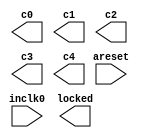
// megafunction wizard: %ALTPLL%VBB%
// GENERATION: STANDARD
// VERSION: WM1.0
// MODULE: altpll 

// ============================================================
// Megafunction Name(s):
// 			altpll
//
// Simulation Library Files(s):
// 			altera_mf
// ============================================================
// ************************************************************
// THIS IS A WIZARD-GENERATED FILE. DO NOT EDIT THIS FILE!
//
// 13.0.0 Build 156 04/24/2013 SJ Full Version
// ************************************************************

//Copyright (C) 1991-2013 Altera Corporation
//Your use of Altera Corporation's design tools, logic functions 
//and other software and tools, and its AMPP partner logic 
//functions, and any output files from any of the foregoing 
//(including device programming or simulation files), and any 
//associated documentation or information are expressly subject 
//to the terms and conditions of the Altera Program License 
//Subscription Agreement, Altera MegaCore Function License 
//Agreement, or other applicable license agreement, including, 
//without limitation, that your use is for the sole purpose of 
//programming logic devices manufactured by Altera and sold by 
//Altera or its authorized distributors.  Please refer to the 
//applicable agreement for further details.

module clk_gen (
	areset,
	inclk0,
	c0,
	c1,
	c2,
	c3,
	c4,
	locked);

	input	  areset;
	input	  inclk0;
	output	  c0;
	output	  c1;
	output	  c2;
	output	  c3;
	output	  c4;
	output	  locked;
`ifndef ALTERA_RESERVED_QIS
// synopsys translate_off
`endif
	tri0	  areset;
`ifndef ALTERA_RESERVED_QIS
// synopsys translate_on
`endif

endmodule

// ============================================================
// CNX file retrieval info
// ============================================================
// Retrieval info: PRIVATE: ACTIVECLK_CHECK STRING "0"
// Retrieval info: PRIVATE: BANDWIDTH STRING "1.000"
// Retrieval info: PRIVATE: BANDWIDTH_FEATURE_ENABLED STRING "1"
// Retrieval info: PRIVATE: BANDWIDTH_FREQ_UNIT STRING "MHz"
// Retrieval info: PRIVATE: BANDWIDTH_PRESET STRING "Low"
// Retrieval info: PRIVATE: BANDWIDTH_USE_AUTO STRING "1"
// Retrieval info: PRIVATE: BANDWIDTH_USE_PRESET STRING "0"
// Retrieval info: PRIVATE: CLKBAD_SWITCHOVER_CHECK STRING "0"
// Retrieval info: PRIVATE: CLKLOSS_CHECK STRING "0"
// Retrieval info: PRIVATE: CLKSWITCH_CHECK STRING "0"
// Retrieval info: PRIVATE: CNX_NO_COMPENSATE_RADIO STRING "0"
// Retrieval info: PRIVATE: CREATE_CLKBAD_CHECK STRING "0"
// Retrieval info: PRIVATE: CREATE_INCLK1_CHECK STRING "0"
// Retrieval info: PRIVATE: CUR_DEDICATED_CLK STRING "c0"
// Retrieval info: PRIVATE: CUR_FBIN_CLK STRING "c0"
// Retrieval info: PRIVATE: DEVICE_SPEED_GRADE STRING "8"
// Retrieval info: PRIVATE: DIV_FACTOR0 NUMERIC "1"
// Retrieval info: PRIVATE: DIV_FACTOR1 NUMERIC "1"
// Retrieval info: PRIVATE: DIV_FACTOR2 NUMERIC "1"
// Retrieval info: PRIVATE: DIV_FACTOR3 NUMERIC "1"
// Retrieval info: PRIVATE: DIV_FACTOR4 NUMERIC "1"
// Retrieval info: PRIVATE: DUTY_CYCLE0 STRING "50.00000000"
// Retrieval info: PRIVATE: DUTY_CYCLE1 STRING "50.00000000"
// Retrieval info: PRIVATE: DUTY_CYCLE2 STRING "50.00000000"
// Retrieval info: PRIVATE: DUTY_CYCLE3 STRING "50.00000000"
// Retrieval info: PRIVATE: DUTY_CYCLE4 STRING "50.00000000"
// Retrieval info: PRIVATE: EFF_OUTPUT_FREQ_VALUE0 STRING "100.000000"
// Retrieval info: PRIVATE: EFF_OUTPUT_FREQ_VALUE1 STRING "100.000000"
// Retrieval info: PRIVATE: EFF_OUTPUT_FREQ_VALUE2 STRING "50.000000"
// Retrieval info: PRIVATE: EFF_OUTPUT_FREQ_VALUE3 STRING "50.000000"
// Retrieval info: PRIVATE: EFF_OUTPUT_FREQ_VALUE4 STRING "25.000000"
// Retrieval info: PRIVATE: EXPLICIT_SWITCHOVER_COUNTER STRING "0"
// Retrieval info: PRIVATE: EXT_FEEDBACK_RADIO STRING "0"
// Retrieval info: PRIVATE: GLOCKED_COUNTER_EDIT_CHANGED STRING "1"
// Retrieval info: PRIVATE: GLOCKED_FEATURE_ENABLED STRING "0"
// Retrieval info: PRIVATE: GLOCKED_MODE_CHECK STRING "0"
// Retrieval info: PRIVATE: GLOCK_COUNTER_EDIT NUMERIC "1048575"
// Retrieval info: PRIVATE: HAS_MANUAL_SWITCHOVER STRING "1"
// Retrieval info: PRIVATE: INCLK0_FREQ_EDIT STRING "50.000"
// Retrieval info: PRIVATE: INCLK0_FREQ_UNIT_COMBO STRING "MHz"
// Retrieval info: PRIVATE: INCLK1_FREQ_EDIT STRING "100.000"
// Retrieval info: PRIVATE: INCLK1_FREQ_EDIT_CHANGED STRING "1"
// Retrieval info: PRIVATE: INCLK1_FREQ_UNIT_CHANGED STRING "1"
// Retrieval info: PRIVATE: INCLK1_FREQ_UNIT_COMBO STRING "MHz"
// Retrieval info: PRIVATE: INTENDED_DEVICE_FAMILY STRING "Cyclone IV E"
// Retrieval info: PRIVATE: INT_FEEDBACK__MODE_RADIO STRING "1"
// Retrieval info: PRIVATE: LOCKED_OUTPUT_CHECK STRING "1"
// Retrieval info: PRIVATE: LONG_SCAN_RADIO STRING "1"
// Retrieval info: PRIVATE: LVDS_MODE_DATA_RATE STRING "Not Available"
// Retrieval info: PRIVATE: LVDS_MODE_DATA_RATE_DIRTY NUMERIC "0"
// Retrieval info: PRIVATE: LVDS_PHASE_SHIFT_UNIT0 STRING "deg"
// Retrieval info: PRIVATE: LVDS_PHASE_SHIFT_UNIT1 STRING "deg"
// Retrieval info: PRIVATE: LVDS_PHASE_SHIFT_UNIT2 STRING "deg"
// Retrieval info: PRIVATE: LVDS_PHASE_SHIFT_UNIT3 STRING "deg"
// Retrieval info: PRIVATE: LVDS_PHASE_SHIFT_UNIT4 STRING "deg"
// Retrieval info: PRIVATE: MIG_DEVICE_SPEED_GRADE STRING "Any"
// Retrieval info: PRIVATE: MIRROR_CLK0 STRING "0"
// Retrieval info: PRIVATE: MIRROR_CLK1 STRING "0"
// Retrieval info: PRIVATE: MIRROR_CLK2 STRING "0"
// Retrieval info: PRIVATE: MIRROR_CLK3 STRING "0"
// Retrieval info: PRIVATE: MIRROR_CLK4 STRING "0"
// Retrieval info: PRIVATE: MULT_FACTOR0 NUMERIC "1"
// Retrieval info: PRIVATE: MULT_FACTOR1 NUMERIC "1"
// Retrieval info: PRIVATE: MULT_FACTOR2 NUMERIC "1"
// Retrieval info: PRIVATE: MULT_FACTOR3 NUMERIC "1"
// Retrieval info: PRIVATE: MULT_FACTOR4 NUMERIC "1"
// Retrieval info: PRIVATE: NORMAL_MODE_RADIO STRING "1"
// Retrieval info: PRIVATE: OUTPUT_FREQ0 STRING "100.00000000"
// Retrieval info: PRIVATE: OUTPUT_FREQ1 STRING "100.00000000"
// Retrieval info: PRIVATE: OUTPUT_FREQ2 STRING "100.00000000"
// Retrieval info: PRIVATE: OUTPUT_FREQ3 STRING "100.00000000"
// Retrieval info: PRIVATE: OUTPUT_FREQ4 STRING "25.00000000"
// Retrieval info: PRIVATE: OUTPUT_FREQ_MODE0 STRING "1"
// Retrieval info: PRIVATE: OUTPUT_FREQ_MODE1 STRING "1"
// Retrieval info: PRIVATE: OUTPUT_FREQ_MODE2 STRING "0"
// Retrieval info: PRIVATE: OUTPUT_FREQ_MODE3 STRING "0"
// Retrieval info: PRIVATE: OUTPUT_FREQ_MODE4 STRING "1"
// Retrieval info: PRIVATE: OUTPUT_FREQ_UNIT0 STRING "MHz"
// Retrieval info: PRIVATE: OUTPUT_FREQ_UNIT1 STRING "MHz"
// Retrieval info: PRIVATE: OUTPUT_FREQ_UNIT2 STRING "MHz"
// Retrieval info: PRIVATE: OUTPUT_FREQ_UNIT3 STRING "MHz"
// Retrieval info: PRIVATE: OUTPUT_FREQ_UNIT4 STRING "MHz"
// Retrieval info: PRIVATE: PHASE_RECONFIG_FEATURE_ENABLED STRING "1"
// Retrieval info: PRIVATE: PHASE_RECONFIG_INPUTS_CHECK STRING "0"
// Retrieval info: PRIVATE: PHASE_SHIFT0 STRING "0.00000000"
// Retrieval info: PRIVATE: PHASE_SHIFT1 STRING "-30.00000000"
// Retrieval info: PRIVATE: PHASE_SHIFT2 STRING "0.00000000"
// Retrieval info: PRIVATE: PHASE_SHIFT3 STRING "180.00000000"
// Retrieval info: PRIVATE: PHASE_SHIFT4 STRING "0.00000000"
// Retrieval info: PRIVATE: PHASE_SHIFT_STEP_ENABLED_CHECK STRING "0"
// Retrieval info: PRIVATE: PHASE_SHIFT_UNIT0 STRING "deg"
// Retrieval info: PRIVATE: PHASE_SHIFT_UNIT1 STRING "deg"
// Retrieval info: PRIVATE: PHASE_SHIFT_UNIT2 STRING "deg"
// Retrieval info: PRIVATE: PHASE_SHIFT_UNIT3 STRING "deg"
// Retrieval info: PRIVATE: PHASE_SHIFT_UNIT4 STRING "deg"
// Retrieval info: PRIVATE: PLL_ADVANCED_PARAM_CHECK STRING "0"
// Retrieval info: PRIVATE: PLL_ARESET_CHECK STRING "1"
// Retrieval info: PRIVATE: PLL_AUTOPLL_CHECK NUMERIC "1"
// Retrieval info: PRIVATE: PLL_ENHPLL_CHECK NUMERIC "0"
// Retrieval info: PRIVATE: PLL_FASTPLL_CHECK NUMERIC "0"
// Retrieval info: PRIVATE: PLL_FBMIMIC_CHECK STRING "0"
// Retrieval info: PRIVATE: PLL_LVDS_PLL_CHECK NUMERIC "0"
// Retrieval info: PRIVATE: PLL_PFDENA_CHECK STRING "0"
// Retrieval info: PRIVATE: PLL_TARGET_HARCOPY_CHECK NUMERIC "0"
// Retrieval info: PRIVATE: PRIMARY_CLK_COMBO STRING "inclk0"
// Retrieval info: PRIVATE: RECONFIG_FILE STRING "clk_gen.mif"
// Retrieval info: PRIVATE: SACN_INPUTS_CHECK STRING "0"
// Retrieval info: PRIVATE: SCAN_FEATURE_ENABLED STRING "1"
// Retrieval info: PRIVATE: SELF_RESET_LOCK_LOSS STRING "0"
// Retrieval info: PRIVATE: SHORT_SCAN_RADIO STRING "0"
// Retrieval info: PRIVATE: SPREAD_FEATURE_ENABLED STRING "0"
// Retrieval info: PRIVATE: SPREAD_FREQ STRING "50.000"
// Retrieval info: PRIVATE: SPREAD_FREQ_UNIT STRING "KHz"
// Retrieval info: PRIVATE: SPREAD_PERCENT STRING "0.500"
// Retrieval info: PRIVATE: SPREAD_USE STRING "0"
// Retrieval info: PRIVATE: SRC_SYNCH_COMP_RADIO STRING "0"
// Retrieval info: PRIVATE: STICKY_CLK0 STRING "1"
// Retrieval info: PRIVATE: STICKY_CLK1 STRING "1"
// Retrieval info: PRIVATE: STICKY_CLK2 STRING "1"
// Retrieval info: PRIVATE: STICKY_CLK3 STRING "1"
// Retrieval info: PRIVATE: STICKY_CLK4 STRING "1"
// Retrieval info: PRIVATE: SWITCHOVER_COUNT_EDIT NUMERIC "1"
// Retrieval info: PRIVATE: SWITCHOVER_FEATURE_ENABLED STRING "1"
// Retrieval info: PRIVATE: SYNTH_WRAPPER_GEN_POSTFIX STRING "0"
// Retrieval info: PRIVATE: USE_CLK0 STRING "1"
// Retrieval info: PRIVATE: USE_CLK1 STRING "1"
// Retrieval info: PRIVATE: USE_CLK2 STRING "1"
// Retrieval info: PRIVATE: USE_CLK3 STRING "1"
// Retrieval info: PRIVATE: USE_CLK4 STRING "1"
// Retrieval info: PRIVATE: USE_CLKENA0 STRING "0"
// Retrieval info: PRIVATE: USE_CLKENA1 STRING "0"
// Retrieval info: PRIVATE: USE_CLKENA2 STRING "0"
// Retrieval info: PRIVATE: USE_CLKENA3 STRING "0"
// Retrieval info: PRIVATE: USE_CLKENA4 STRING "0"
// Retrieval info: PRIVATE: USE_MIL_SPEED_GRADE NUMERIC "0"
// Retrieval info: PRIVATE: ZERO_DELAY_RADIO STRING "0"
// Retrieval info: LIBRARY: altera_mf altera_mf.altera_mf_components.all
// Retrieval info: CONSTANT: BANDWIDTH_TYPE STRING "AUTO"
// Retrieval info: CONSTANT: CLK0_DIVIDE_BY NUMERIC "1"
// Retrieval info: CONSTANT: CLK0_DUTY_CYCLE NUMERIC "50"
// Retrieval info: CONSTANT: CLK0_MULTIPLY_BY NUMERIC "2"
// Retrieval info: CONSTANT: CLK0_PHASE_SHIFT STRING "0"
// Retrieval info: CONSTANT: CLK1_DIVIDE_BY NUMERIC "1"
// Retrieval info: CONSTANT: CLK1_DUTY_CYCLE NUMERIC "50"
// Retrieval info: CONSTANT: CLK1_MULTIPLY_BY NUMERIC "2"
// Retrieval info: CONSTANT: CLK1_PHASE_SHIFT STRING "-833"
// Retrieval info: CONSTANT: CLK2_DIVIDE_BY NUMERIC "1"
// Retrieval info: CONSTANT: CLK2_DUTY_CYCLE NUMERIC "50"
// Retrieval info: CONSTANT: CLK2_MULTIPLY_BY NUMERIC "1"
// Retrieval info: CONSTANT: CLK2_PHASE_SHIFT STRING "0"
// Retrieval info: CONSTANT: CLK3_DIVIDE_BY NUMERIC "1"
// Retrieval info: CONSTANT: CLK3_DUTY_CYCLE NUMERIC "50"
// Retrieval info: CONSTANT: CLK3_MULTIPLY_BY NUMERIC "1"
// Retrieval info: CONSTANT: CLK3_PHASE_SHIFT STRING "10000"
// Retrieval info: CONSTANT: CLK4_DIVIDE_BY NUMERIC "2"
// Retrieval info: CONSTANT: CLK4_DUTY_CYCLE NUMERIC "50"
// Retrieval info: CONSTANT: CLK4_MULTIPLY_BY NUMERIC "1"
// Retrieval info: CONSTANT: CLK4_PHASE_SHIFT STRING "0"
// Retrieval info: CONSTANT: COMPENSATE_CLOCK STRING "CLK0"
// Retrieval info: CONSTANT: INCLK0_INPUT_FREQUENCY NUMERIC "20000"
// Retrieval info: CONSTANT: INTENDED_DEVICE_FAMILY STRING "Cyclone IV E"
// Retrieval info: CONSTANT: LPM_TYPE STRING "altpll"
// Retrieval info: CONSTANT: OPERATION_MODE STRING "NORMAL"
// Retrieval info: CONSTANT: PLL_TYPE STRING "AUTO"
// Retrieval info: CONSTANT: PORT_ACTIVECLOCK STRING "PORT_UNUSED"
// Retrieval info: CONSTANT: PORT_ARESET STRING "PORT_USED"
// Retrieval info: CONSTANT: PORT_CLKBAD0 STRING "PORT_UNUSED"
// Retrieval info: CONSTANT: PORT_CLKBAD1 STRING "PORT_UNUSED"
// Retrieval info: CONSTANT: PORT_CLKLOSS STRING "PORT_UNUSED"
// Retrieval info: CONSTANT: PORT_CLKSWITCH STRING "PORT_UNUSED"
// Retrieval info: CONSTANT: PORT_CONFIGUPDATE STRING "PORT_UNUSED"
// Retrieval info: CONSTANT: PORT_FBIN STRING "PORT_UNUSED"
// Retrieval info: CONSTANT: PORT_INCLK0 STRING "PORT_USED"
// Retrieval info: CONSTANT: PORT_INCLK1 STRING "PORT_UNUSED"
// Retrieval info: CONSTANT: PORT_LOCKED STRING "PORT_USED"
// Retrieval info: CONSTANT: PORT_PFDENA STRING "PORT_UNUSED"
// Retrieval info: CONSTANT: PORT_PHASECOUNTERSELECT STRING "PORT_UNUSED"
// Retrieval info: CONSTANT: PORT_PHASEDONE STRING "PORT_UNUSED"
// Retrieval info: CONSTANT: PORT_PHASESTEP STRING "PORT_UNUSED"
// Retrieval info: CONSTANT: PORT_PHASEUPDOWN STRING "PORT_UNUSED"
// Retrieval info: CONSTANT: PORT_PLLENA STRING "PORT_UNUSED"
// Retrieval info: CONSTANT: PORT_SCANACLR STRING "PORT_UNUSED"
// Retrieval info: CONSTANT: PORT_SCANCLK STRING "PORT_UNUSED"
// Retrieval info: CONSTANT: PORT_SCANCLKENA STRING "PORT_UNUSED"
// Retrieval info: CONSTANT: PORT_SCANDATA STRING "PORT_UNUSED"
// Retrieval info: CONSTANT: PORT_SCANDATAOUT STRING "PORT_UNUSED"
// Retrieval info: CONSTANT: PORT_SCANDONE STRING "PORT_UNUSED"
// Retrieval info: CONSTANT: PORT_SCANREAD STRING "PORT_UNUSED"
// Retrieval info: CONSTANT: PORT_SCANWRITE STRING "PORT_UNUSED"
// Retrieval info: CONSTANT: PORT_clk0 STRING "PORT_USED"
// Retrieval info: CONSTANT: PORT_clk1 STRING "PORT_USED"
// Retrieval info: CONSTANT: PORT_clk2 STRING "PORT_USED"
// Retrieval info: CONSTANT: PORT_clk3 STRING "PORT_USED"
// Retrieval info: CONSTANT: PORT_clk4 STRING "PORT_USED"
// Retrieval info: CONSTANT: PORT_clk5 STRING "PORT_UNUSED"
// Retrieval info: CONSTANT: PORT_clkena0 STRING "PORT_UNUSED"
// Retrieval info: CONSTANT: PORT_clkena1 STRING "PORT_UNUSED"
// Retrieval info: CONSTANT: PORT_clkena2 STRING "PORT_UNUSED"
// Retrieval info: CONSTANT: PORT_clkena3 STRING "PORT_UNUSED"
// Retrieval info: CONSTANT: PORT_clkena4 STRING "PORT_UNUSED"
// Retrieval info: CONSTANT: PORT_clkena5 STRING "PORT_UNUSED"
// Retrieval info: CONSTANT: PORT_extclk0 STRING "PORT_UNUSED"
// Retrieval info: CONSTANT: PORT_extclk1 STRING "PORT_UNUSED"
// Retrieval info: CONSTANT: PORT_extclk2 STRING "PORT_UNUSED"
// Retrieval info: CONSTANT: PORT_extclk3 STRING "PORT_UNUSED"
// Retrieval info: CONSTANT: SELF_RESET_ON_LOSS_LOCK STRING "OFF"
// Retrieval info: CONSTANT: WIDTH_CLOCK NUMERIC "5"
// Retrieval info: USED_PORT: @clk 0 0 5 0 OUTPUT_CLK_EXT VCC "@clk[4..0]"
// Retrieval info: USED_PORT: areset 0 0 0 0 INPUT GND "areset"
// Retrieval info: USED_PORT: c0 0 0 0 0 OUTPUT_CLK_EXT VCC "c0"
// Retrieval info: USED_PORT: c1 0 0 0 0 OUTPUT_CLK_EXT VCC "c1"
// Retrieval info: USED_PORT: c2 0 0 0 0 OUTPUT_CLK_EXT VCC "c2"
// Retrieval info: USED_PORT: c3 0 0 0 0 OUTPUT_CLK_EXT VCC "c3"
// Retrieval info: USED_PORT: c4 0 0 0 0 OUTPUT_CLK_EXT VCC "c4"
// Retrieval info: USED_PORT: inclk0 0 0 0 0 INPUT_CLK_EXT GND "inclk0"
// Retrieval info: USED_PORT: locked 0 0 0 0 OUTPUT GND "locked"
// Retrieval info: CONNECT: @areset 0 0 0 0 areset 0 0 0 0
// Retrieval info: CONNECT: @inclk 0 0 1 1 GND 0 0 0 0
// Retrieval info: CONNECT: @inclk 0 0 1 0 inclk0 0 0 0 0
// Retrieval info: CONNECT: c0 0 0 0 0 @clk 0 0 1 0
// Retrieval info: CONNECT: c1 0 0 0 0 @clk 0 0 1 1
// Retrieval info: CONNECT: c2 0 0 0 0 @clk 0 0 1 2
// Retrieval info: CONNECT: c3 0 0 0 0 @clk 0 0 1 3
// Retrieval info: CONNECT: c4 0 0 0 0 @clk 0 0 1 4
// Retrieval info: CONNECT: locked 0 0 0 0 @locked 0 0 0 0
// Retrieval info: GEN_FILE: TYPE_NORMAL clk_gen.v TRUE
// Retrieval info: GEN_FILE: TYPE_NORMAL clk_gen.ppf TRUE
// Retrieval info: GEN_FILE: TYPE_NORMAL clk_gen.inc FALSE
// Retrieval info: GEN_FILE: TYPE_NORMAL clk_gen.cmp FALSE
// Retrieval info: GEN_FILE: TYPE_NORMAL clk_gen.bsf FALSE
// Retrieval info: GEN_FILE: TYPE_NORMAL clk_gen_inst.v TRUE
// Retrieval info: GEN_FILE: TYPE_NORMAL clk_gen_bb.v TRUE
// Retrieval info: LIB_FILE: altera_mf
// Retrieval info: CBX_MODULE_PREFIX: ON